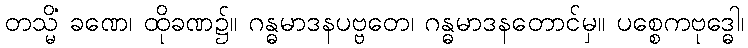
တသ္မိံ ခဏေ၊ ထိုခဏ၌။ ဂန္ဓမာဒနပဗ္ဗတေ၊ ဂန္ဓမာဒနတောင်မှ။ ပစ္စေကဗုဒ္ဓေါ၊